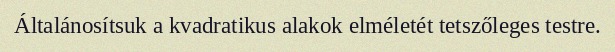
Általánosítsuk a kvadratikus alakok elméletét tetszőleges testre.